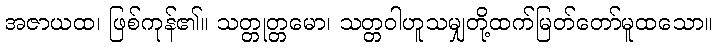
အဇာယထ၊ ဖြစ်ကုန်၏။ သတ္တုတ္တမော၊ သတ္တဝါဟူသမျှတို့ထက်မြတ်တော်မူထသော။